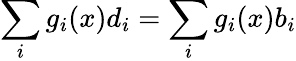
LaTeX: \sum_{i}g_{i}(x)d_{i}=\sum_{i}g_{i}(x)b_{i}